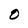
Character: O